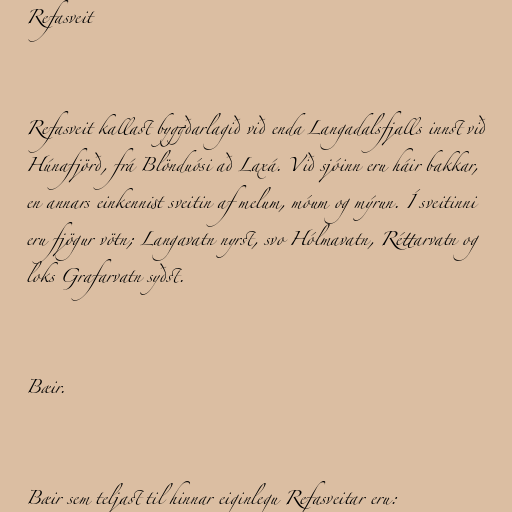
Refasveit

Refasveit kallast byggðarlagið við enda Langadalsfjalls innst við
Húnafjörð, frá Blönduósi að Laxá. Við sjóinn eru háir bakkar,
en annars einkennist sveitin af melum, móum og mýrun. Í sveitinni
eru fjögur vötn; Langavatn nyrst, svo Hólmavatn, Réttarvatn og
loks Grafarvatn syðst.

Bæir.

Bæir sem teljast til hinnar eiginlegu Refasveitar eru: